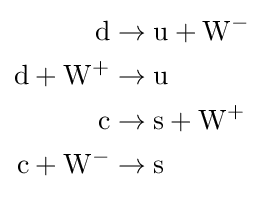
{\begin{aligned}\mathrm {d} &\to \mathrm {u} +\mathrm {W} ^{-}\\\mathrm {d} +\mathrm {W} ^{+}&\to \mathrm {u} \\\mathrm {c} &\to \mathrm {s} +\mathrm {W} ^{+}\\\mathrm {c} +\mathrm {W} ^{-}&\to \mathrm {s} \end{aligned}}